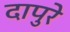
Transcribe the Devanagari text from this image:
दापुरे